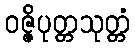
ဝဇ္ဇိပုတ္တသုတ္တံ